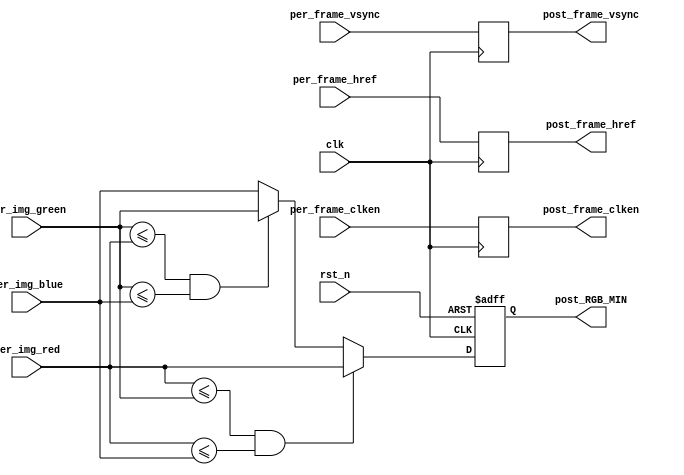
//

//VIP --RGB

module VIP_RGB888_MIN
(
    //global clock
    input           clk,
    input           rst_n,
    
    //Image data prepared to be processed
    input               per_frame_vsync,
    input               per_frame_href,
    input               per_frame_clken,
    input       [7:0]   per_img_red,
    input       [7:0]   per_img_green,
    input       [7:0]   per_img_blue,
    
    //Image data has been processed
    output reg          post_frame_vsync,
    output reg          post_frame_href,
    output reg          post_frame_clken,
    output reg  [7:0]   post_RGB_MIN
);

always@(posedge clk or negedge rst_n)
    if(rst_n == 1'b0)
        post_RGB_MIN <= 8'h0;
    else    if((per_img_red <= per_img_green) && (per_img_red <= per_img_blue))
        post_RGB_MIN <= per_img_red;
    else    if((per_img_green <= per_img_red) && (per_img_green <= per_img_blue))
        post_RGB_MIN <= per_img_green;
    else
        post_RGB_MIN <= per_img_blue;
        
//
always@(posedge clk) begin
    post_frame_vsync <= per_frame_vsync;
    post_frame_href <= per_frame_href;
    post_frame_clken <= per_frame_clken;
end
   
endmodule